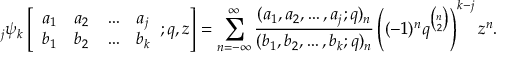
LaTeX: \; _ { j } \psi _ { k } \left[ { \begin{array} { l l l l } { a _ { 1 } } & { a _ { 2 } } & { \ldots } & { a _ { j } } \\ { b _ { 1 } } & { b _ { 2 } } & { \ldots } & { b _ { k } } \end{array} } ; q , z \right] = \sum _ { n = - \infty } ^ { \infty } { \frac { ( a _ { 1 } , a _ { 2 } , \ldots , a _ { j } ; q ) _ { n } } { ( b _ { 1 } , b _ { 2 } , \ldots , b _ { k } ; q ) _ { n } } } \left( ( - 1 ) ^ { n } q ^ { \binom { n } { 2 } } \right) ^ { k - j } z ^ { n } .